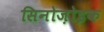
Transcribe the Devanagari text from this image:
सिनोज़ोइक